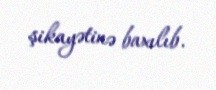
şikayətinə baxılıb.